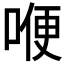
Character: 𠷊